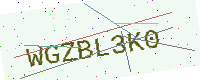
Text: WGZBL3K0